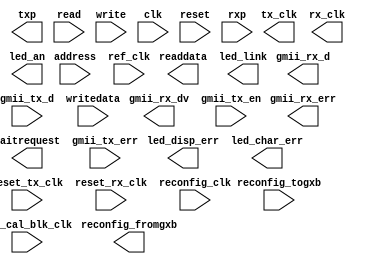
// Generated by Triple Speed Ethernet 9.1 [Altera, IP Toolbench 1.3.0 Build 350]
// ************************************************************
// THIS IS A WIZARD-GENERATED FILE. DO NOT EDIT THIS FILE!
// ************************************************************
// Copyright (C) 1991-2011 Altera Corporation
// Any megafunction design, and related net list (encrypted or decrypted),
// support information, device programming or simulation file, and any other
// associated documentation or information provided by Altera or a partner
// under Altera's Megafunction Partnership Program may be used only to
// program PLD devices (but not masked PLD devices) from Altera.  Any other
// use of such megafunction design, net list, support information, device
// programming or simulation file, or any other related documentation or
// information is prohibited for any other purpose, including, but not
// limited to modification, reverse engineering, de-compiling, or use with
// any other silicon devices, unless such use is explicitly licensed under
// a separate agreement with Altera or a megafunction partner.  Title to
// the intellectual property, including patents, copyrights, trademarks,
// trade secrets, or maskworks, embodied in any such megafunction design,
// net list, support information, device programming or simulation file, or
// any other related documentation or information provided by Altera or a
// megafunction partner, remains with Altera, the megafunction partner, or
// their respective licensors.  No other licenses, including any licenses
// needed under any third party's intellectual property, are provided herein.

module sfp2gmii (
	gmii_rx_d,
	gmii_rx_dv,
	gmii_rx_err,
	tx_clk,
	rx_clk,
	readdata,
	waitrequest,
	txp,
	reconfig_fromgxb,
	led_an,
	led_disp_err,
	led_char_err,
	led_link,
	gmii_tx_d,
	gmii_tx_en,
	gmii_tx_err,
	reset_tx_clk,
	reset_rx_clk,
	address,
	read,
	writedata,
	write,
	clk,
	reset,
	rxp,
	ref_clk,
	reconfig_clk,
	reconfig_togxb,
	gxb_cal_blk_clk);

	output	[7:0]	gmii_rx_d;
	output		gmii_rx_dv;
	output		gmii_rx_err;
	output		tx_clk;
	output		rx_clk;
	output	[15:0]	readdata;
	output		waitrequest;
	output		txp;
	output	[16:0]	reconfig_fromgxb;
	output		led_an;
	output		led_disp_err;
	output		led_char_err;
	output		led_link;
	input	[7:0]	gmii_tx_d;
	input		gmii_tx_en;
	input		gmii_tx_err;
	input		reset_tx_clk;
	input		reset_rx_clk;
	input	[4:0]	address;
	input		read;
	input	[15:0]	writedata;
	input		write;
	input		clk;
	input		reset;
	input		rxp;
	input		ref_clk;
	input		reconfig_clk;
	input	[3:0]	reconfig_togxb;
	input		gxb_cal_blk_clk;
endmodule